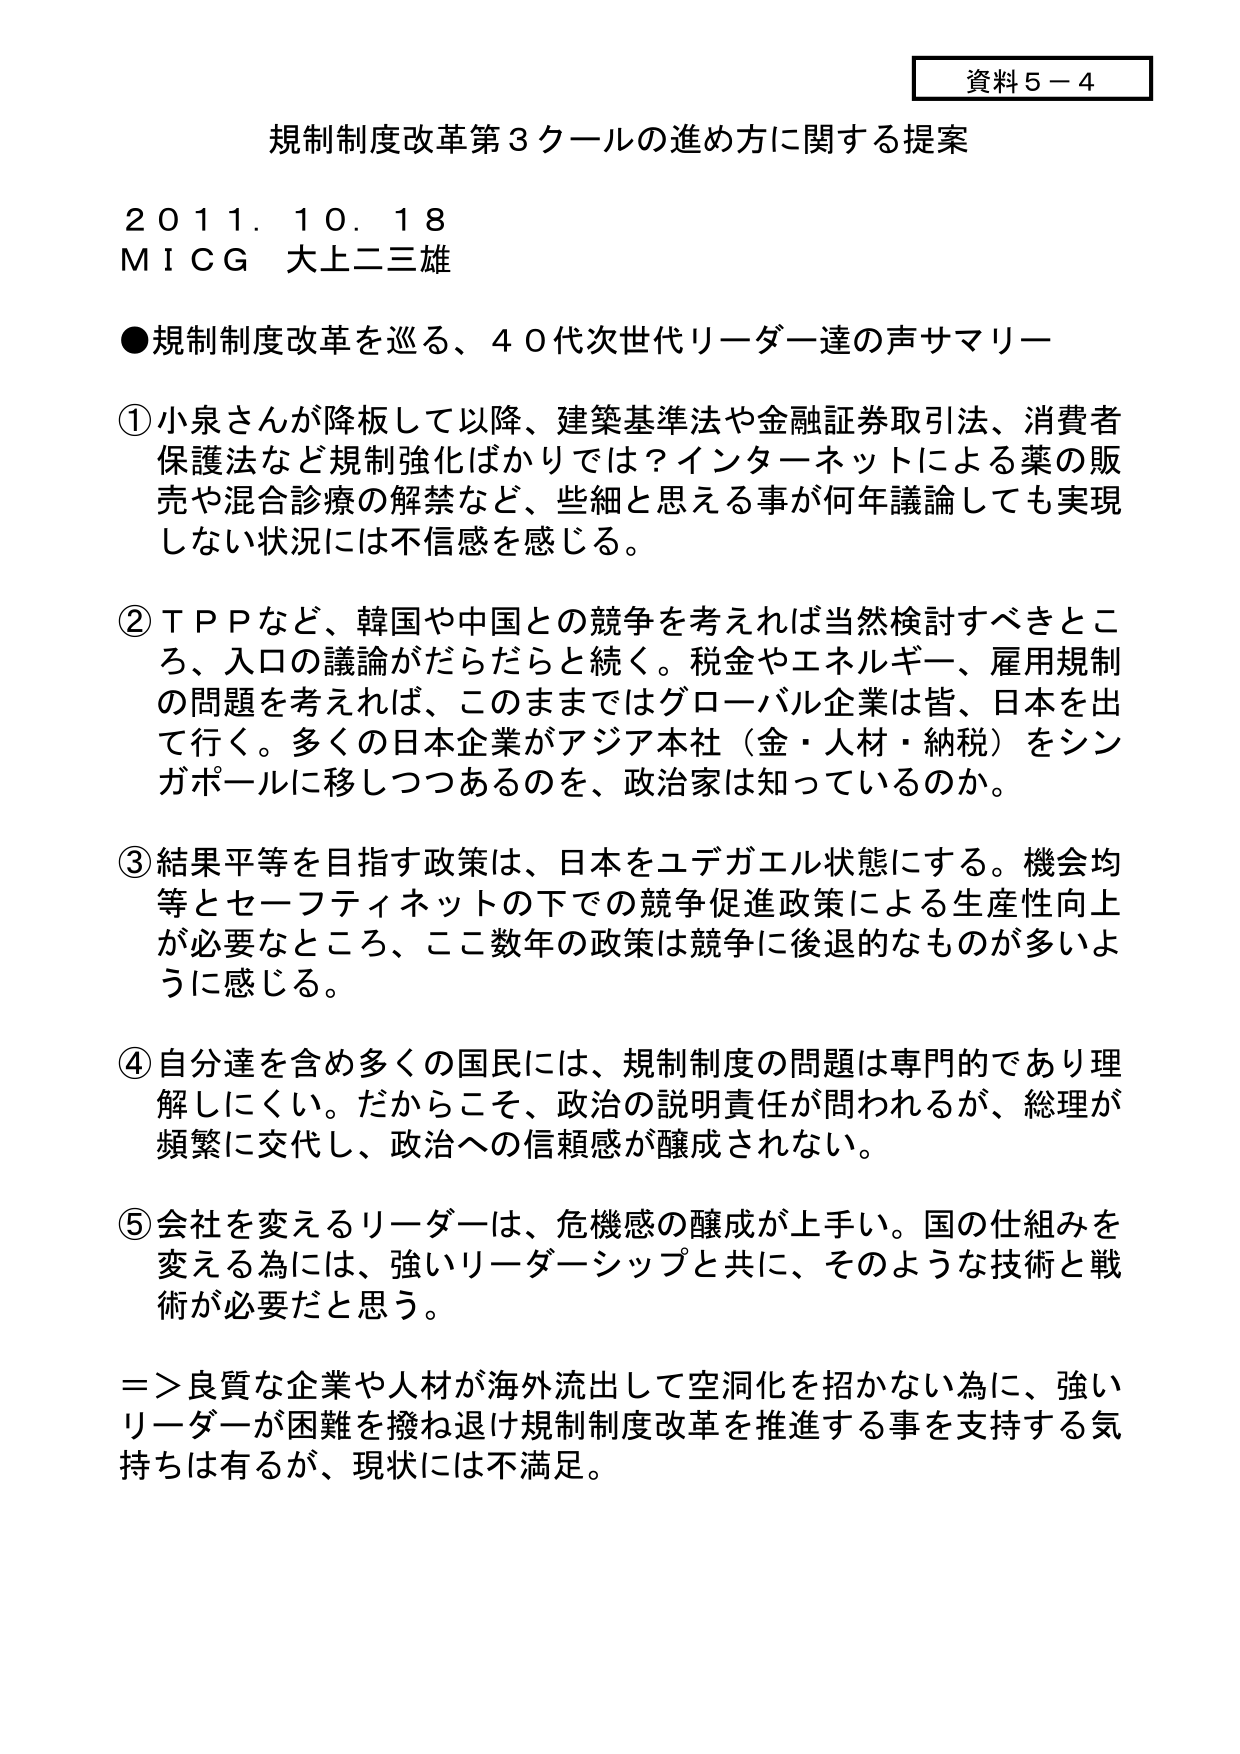
資料５－４

規制制度改革第３クールの進め方に関する提案

２０１１．１０．１８
ＭＩＣＧ 大上二三雄

●規制制度改革を巡る、４０代次世代リーダー達の声サマリー

①小泉さんが降板して以降、建築基準法や金融証券取引法、消費者保護法など規制強化ばかりでは？インターネットによる薬の販売や混合診療の解禁など、些細と思える事が何年議論しても実現しない状況には不信感を感じる。

②ＴＰＰなど、韓国や中国との競争を考えれば当然検討すべきところ、入口の議論がだらだらと続く。税金やエネルギー、雇用規制の問題を考えれば、このままではグローバル企業は皆、日本を出て行く。多くの日本企業がアジア本社（金・人材・納税）をシンガポールに移しつつあるのを、政治家は知っているのか。

③結果平等を目指す政策は、日本をユデガエル状態にする。機会均等とセーフティネットの下での競争促進政策による生産性向上が必要なところ、ここ数年の政策は競争に後退的なものが多いように感じる。

④自分達を含め多くの国民には、規制制度の問題は専門的であり理解しにくい。だからこそ、政治の説明責任が問われるが、総理が頻繁に交代し、政治への信頼感が醸成されない。

⑤会社を変えるリーダーは、危機感の醸成が上手い。国の仕組みを変える為には、強いリーダーシップと共に、そのような技術と戦術が必要だと思う。

＝＞良質な企業や人材が海外流出して空洞化を招かない為に、強いリーダーが困難を撥ね退け規制制度改革を推進する事を支持する気持ちは有るが、現状には不満足。